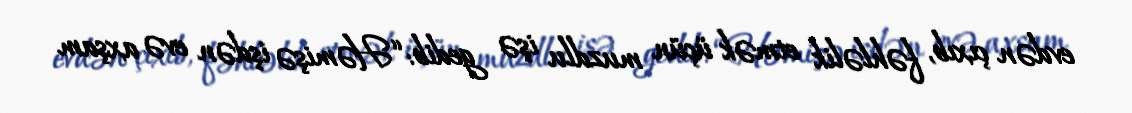
evdən çıxıb, fəhləlik etmək üçün muzdlu işə gedib: “Həmişə işdən evə axşam